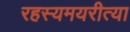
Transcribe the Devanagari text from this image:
रहस्यमयरीत्या